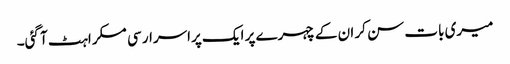
میری بات سن کر ان کے چہرے پر ایک پراسرار سی مسکراہٹ آ گئی۔